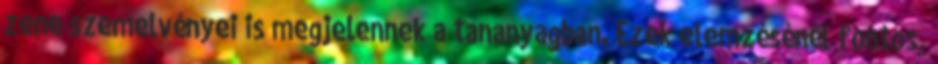
zene szemelvényei is megjelennek a tananyagban. Ezek elemzésénél fontos,